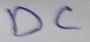
Text: DC